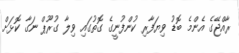
ރާއްޖޭގެ އެންމެ ބޮޑު ވިޔަފާރި ކުންފުނީގެ ގޮތުގައި ވިލާ ގުރޫޕް ނަގާ ކޮޅަށް